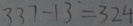
3 3 7 - 1 3 = 3 2 4